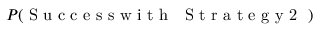
P ( \mathrm { ~ S ~ u ~ c ~ c ~ e ~ s ~ s ~ w ~ i ~ t ~ h ~ \textbf ~ { ~ S ~ t ~ r ~ a ~ t ~ e ~ g ~ y ~ 2 ~ } ~ } )